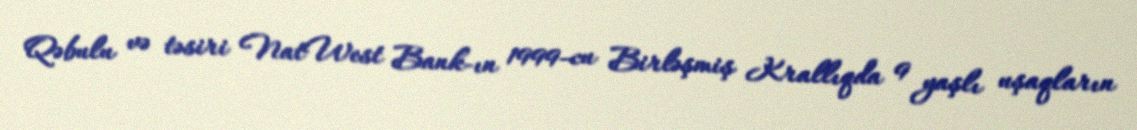
Qəbulu və təsiri NatWest Bank-ın 1999-cu Birləşmiş Krallıqda 9 yaşlı uşaqların